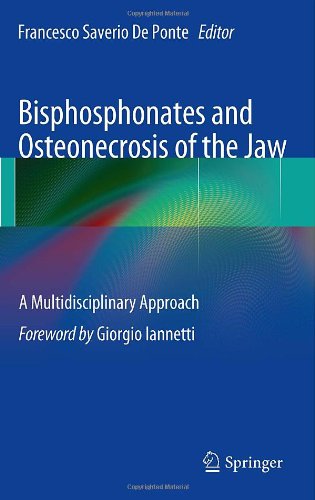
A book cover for Bisphosphonates and Osteonecrosis of the Jaw: A Multidisciplinary Approach; Medical Books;